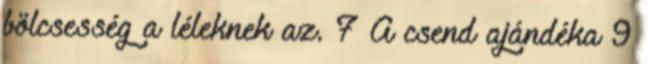
bölcsesség a léleknek az. 7 A csend ajándéka 9